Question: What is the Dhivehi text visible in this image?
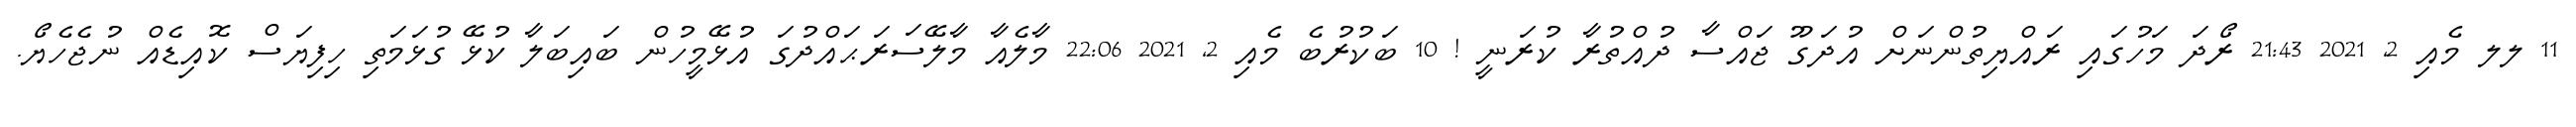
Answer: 11 ލލ މެއި 2, 2021 21:43 ރޯދަ މަހުގައި ރައްޔިތުންނަށް އުދަގޫ ޖައްސާ ދުއްތުރާ ކުރަނީ ! 10 ބަކުރުބެ މެއި 2, 2021 22:06 މާލެއާ މާލޭސަރަޙައްދުގަ އުޅޭމީހުން ބައިބަލާ ކުޅޭ ގުޅަމަތި ހިފިޔަސް ކޮއިޑެއް ނުޖެހެޔޯ.